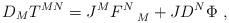
LaTeX: \begin{align*}D_M T^{MN}= J^M F^N_{\quad M} + J D^N\Phi~,\end{align*}